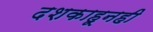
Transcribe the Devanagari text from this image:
दशकाहूनही